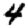
Digit: 4